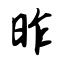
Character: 昨